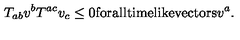
T _ { a b } v ^ { b } T ^ { a c } v _ { c } \leq 0 \mathrm { f o r a l l t i m e l i k e v e c t o r s } v ^ { a } .